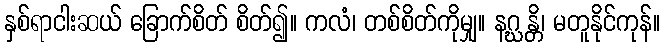
နှစ်ရာငါးဆယ် ခြောက်စိတ် စိတ်၍။ ကလံ၊ တစ်စိတ်ကိုမျှ။ နဂ္ဃန္တိ၊ မတူနိုင်ကုန်။